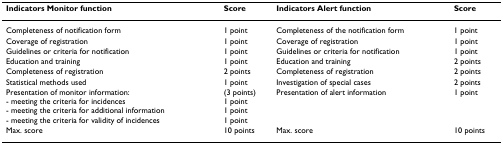
| Indicators Monitor function | Score | Indicators Alert function | Score |
 | --- | --- | --- | --- |
 | Completeness of notification form | 1 point | Completeness of the notification form | 1 point |
 | Coverage of registration | 1 point | Coverage of registration | 1 point |
 | Guidelines or criteria for notification | 1 point | Guidelines or criteria for notification | 1 point |
 | Education and training | 1 point | Education and training | 2 points |
 | Completeness of registration | 2 points | Completeness of registration | 2 points |
 | Statistical methods used | 1 point | Investigation of special cases | 2 points |
 | Presentation of monitor information:- meeting the criteria for incidences- meeting the criteria for additional information- meeting the criteria for validity of incidences | (3 points)1 point1 point1 point | Presentation of alert information | 1 point |
 | Max. score | 10 points | Max. score | 10 points |